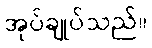
အုပ်ချုပ်သည်။